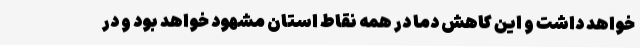
خواهد داشت و این کاهش دما در همه نقاط استان مشهود خواهد بود و در